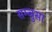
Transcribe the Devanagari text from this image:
सम्बुसा